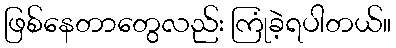
ဖြစ်နေတာတွေလည်း ကြုံခဲ့ရပါတယ်။